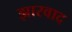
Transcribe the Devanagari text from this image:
झारवाद